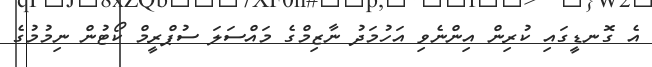
އެ ގޮނޑީގައި ކުރިން އިންނެވި އަހުމަދު ނާޒިމްގެ މައްސަލަ ސުޕްރީމް ކޯޓުން ނިމުމުގެ